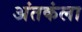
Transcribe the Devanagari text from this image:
अंतकंला